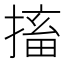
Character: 搐